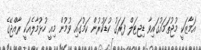
އަމާޒަކީ މުޖުތަމައުގައިވާ ޑިޖިޓަލް ފަރަގު ކުޑަކުރުން ކަމުގައި ވުމުން މިއީ ހުޅުމާލެއަކީ ރާއްޖޭގެ